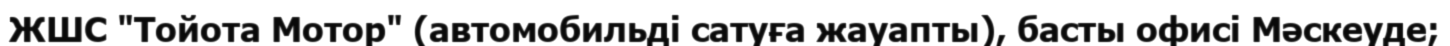
ЖШС "Тойота Мотор" (автомобильді сатуға жауапты), басты офисі Мәскеуде;